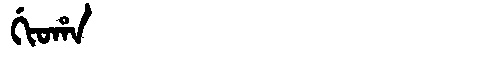
Manchu: ᡤᡳᠣᡥᠠ
Romanization: GIOHA